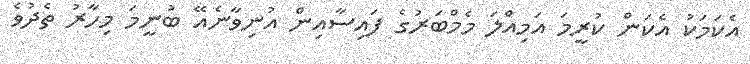
އެކަމަކު އެކަން ކުރީމަ އަމިއްލަ މެމްބަރުގެ ފައިސާއިން އުނިވާނެއޭ ބުނީމަ މިހާރު ތެދުވެ